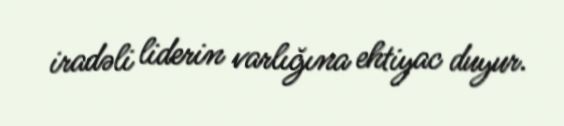
iradəli liderin varlığına ehtiyac duyur.